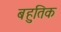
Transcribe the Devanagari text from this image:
बहुतिक